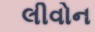
લીવોન